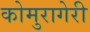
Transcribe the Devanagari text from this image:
कोमुरागेरी